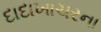
દાદાખાચરના